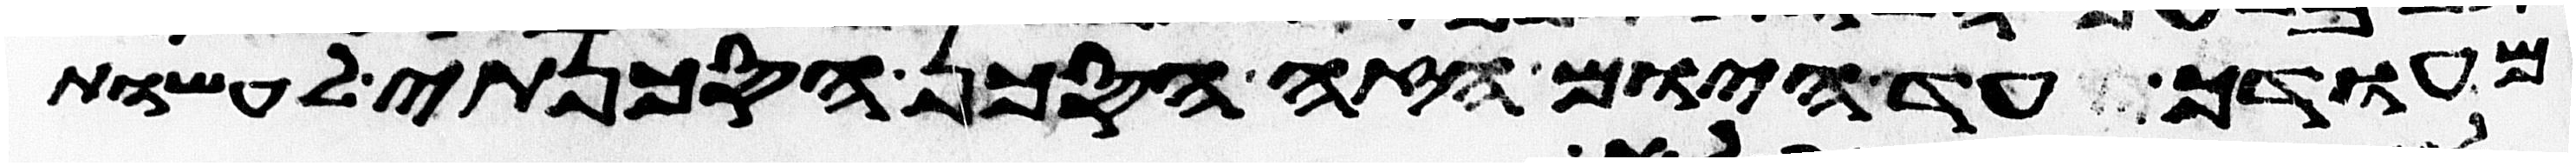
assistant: מהודך עד היום הזה הסכן הסכנתי לעשות